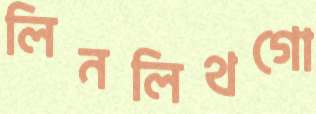
লিনলিথগো